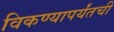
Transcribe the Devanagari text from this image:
विकण्यापर्यंतची